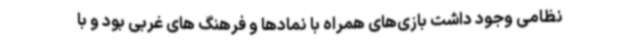
نظامی وجود داشت بازی‌های همراه با نمادها و فرهنگ های غربی بود و با